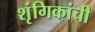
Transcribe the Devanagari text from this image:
शृंगिकांची